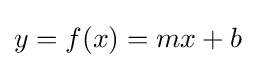
y=f(x)=mx+b